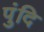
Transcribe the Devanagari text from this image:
पुंदि